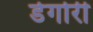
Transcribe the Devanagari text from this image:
डेगोरी